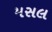
મસલ